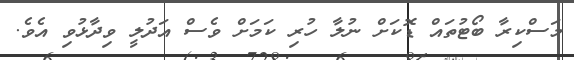
މަސްކިރާ ބޯޓުތައް ޑޮކަށް ނުލާ ހުރި ކަމަށް ވެސް އަދުލީ ވިދާޅުވި އެވެ.